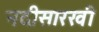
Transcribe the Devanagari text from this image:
नदीसारखी